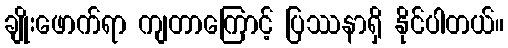
ချိုးဖောက်ရာ ကျတာကြောင့် ပြဿနာရှိ နိုင်ပါတယ်။